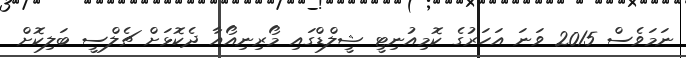
ނަމަވެސް 2015 ވަނަ އަހަރުގެ ކޮމިއުނިޓީ ޝީލްޑްގައި މޯރިނިއޯއާ ދެކޮޅަށް ޗެލްސީ ބަލިކޮށް